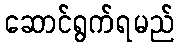
ဆောင်ရွက်ရမည်